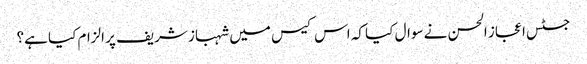
جسٹس اعجاز الحسن نے سوال کیا کہ اس کیس میں شہباز شریف پر الزام کیا ہے؟